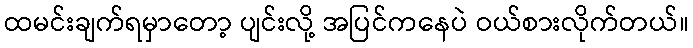
ထမင်းချက်ရမှာတော့ ပျင်းလို့ အပြင်ကနေပဲ ဝယ်စားလိုက်တယ်။